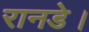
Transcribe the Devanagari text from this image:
रानडे।